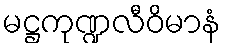
မဋ္ဌကုဏ္ဍလီဝိမာနံ